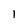
Character: 1